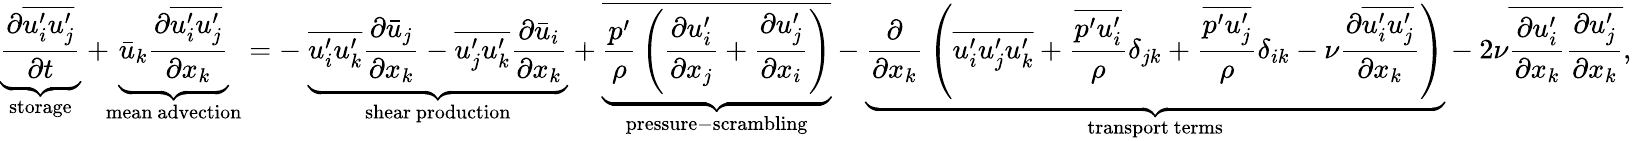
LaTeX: \underbrace{\frac{\partial{\overline{{u_{i}^{\prime}u_{j}^{\prime}}}}}{\partial t}}_{\mathrm{{storage}}}+\! \! \underbrace{{\bar{u}}_{k}{\frac{\partial{\overline{{u_{i}^{\prime}u_{j}^{\prime}}}}}{\partial x_{k}}}}_{\mathrm{{mean~advection}}}=-\ \underbrace{{\overline{{u_{i}^{\prime}u_{k}^{\prime}}}}{\frac{\partial{\bar{u}}_{j}}{\partial x_{k}}}-{\overline{{u_{j}^{\prime}u_{k}^{\prime}}}}{\frac{\partial{\bar{u}}_{i}}{\partial x_{k}}}}_{\mathrm{{shear~production}}}+\underbrace{\overline{{{\frac{p^{\prime}}{\rho}}\left({\frac{\partial u_{i}^{\prime}}{\partial x_{j}}}+{\frac{\partial u_{j}^{\prime}}{\partial x_{i}}}\right)}}}_{\mathrm{{pressure-scrambling}}}-\underbrace{{\frac{\partial}{\partial x_{k}}}\left({\overline{{u_{i}^{\prime}u_{j}^{\prime}u_{k}^{\prime}}}}+{\frac{\overline{{p^{\prime}u_{i}^{\prime}}}}{\rho}}\delta_{jk}+{\frac{\overline{{p^{\prime}u_{j}^{\prime}}}}{\rho}}\delta_{ik}-\nu{\frac{\partial{\overline{{u_{i}^{\prime}u_{j}^{\prime}}}}}{\partial x_{k}}}\right)}_{\mathrm{{transport~terms}}}-2\nu{\overline{{{\frac{\partial u_{i}^{\prime}}{\partial x_{k}}}{\frac{\partial u_{j}^{\prime}}{\partial x_{k}}}}}},